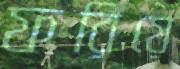
ফরিয়ে